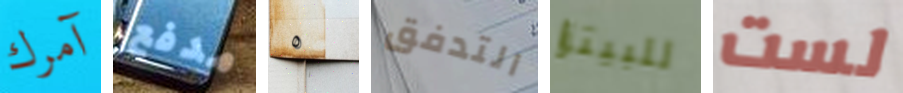
آمرك مدفع ٥ التدفق للبيتزا لست